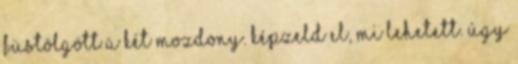
füstölgött a két mozdony. Képzeld el, mi lehetett. Úgy